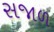
સજાળ